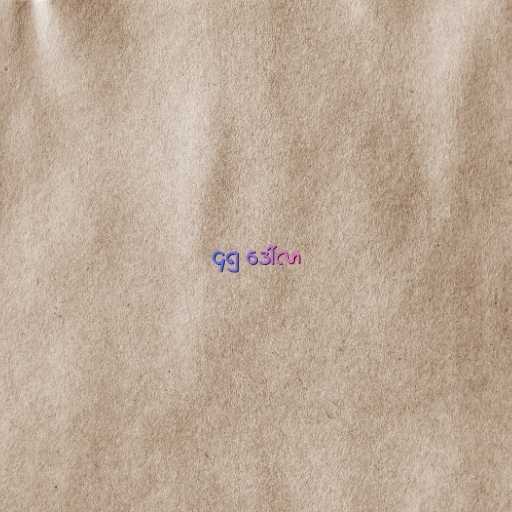
၄၅ ဒေါ်လာ